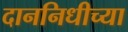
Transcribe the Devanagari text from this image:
दाननिधीच्या